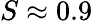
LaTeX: S\approx 0.9